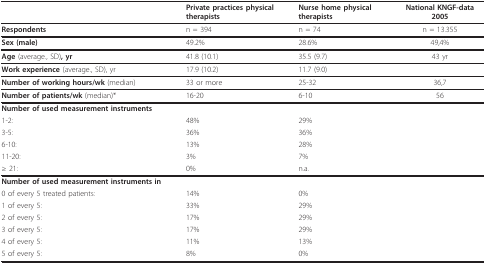
<table><thead><tr><td></td><td><b>Private practices physical therapists</b></td><td><b>Nurse home physical therapists</b></td><td><b>National KNGF-data 2005</b></td></tr></thead><tbody><tr><td><b>Respondents</b></td><td>n = 394</td><td>n = 74</td><td>n = 13.355</td></tr><tr><td><b>Sex (male)</b></td><td>49.2%</td><td>28.6%</td><td>49,4%</td></tr><tr><td><b>Age </b>(average., SD)<b>, yr</b></td><td>41.8 (10.1)</td><td>35.5 (9.7)</td><td>43 yr</td></tr><tr><td><b>Work experience </b>(average., SD), yr</td><td>17.9 (10.2)</td><td>11.7 (9.0)</td><td></td></tr><tr><td><b>Number of working hours/wk </b>(median)</td><td>33 or more</td><td>25-32</td><td>36,7</td></tr><tr><td><b>Number of patients/wk </b>(median)*</td><td>16-20</td><td>6-10</td><td>56</td></tr><tr><td><b>Number of used measurement instruments</b></td><td></td><td></td><td></td></tr><tr><td>1-2:</td><td>48%</td><td>29%</td><td></td></tr><tr><td>3-5:</td><td>36%</td><td>36%</td><td></td></tr><tr><td>6-10:</td><td>13%</td><td>28%</td><td></td></tr><tr><td>11-20:</td><td>3%</td><td>7%</td><td></td></tr><tr><td>≥ 21:</td><td>0%</td><td>n.a.</td><td></td></tr><tr><td><b>Number of used measurement instruments in</b></td><td></td><td></td><td></td></tr><tr><td>0 of every 5 treated patients:</td><td>14%</td><td>0%</td><td></td></tr><tr><td>1 of every 5:</td><td>33%</td><td>29%</td><td></td></tr><tr><td>2 of every 5:</td><td>17%</td><td>29%</td><td></td></tr><tr><td>3 of every 5:</td><td>17%</td><td>29%</td><td></td></tr><tr><td>4 of every 5:</td><td>11%</td><td>13%</td><td></td></tr><tr><td>5 of every 5:</td><td>8%</td><td>0%</td><td></td></tr></tbody></table>